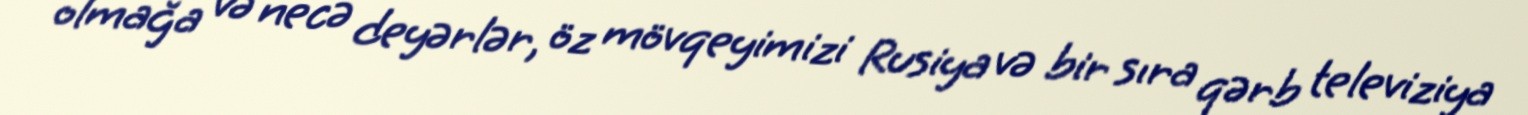
olmağa və necə deyərlər, öz mövqeyimizi Rusiya və bir sıra qərb televiziya